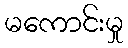
မကောင်းမှု